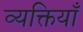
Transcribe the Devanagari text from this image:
व्यक्तियाँ